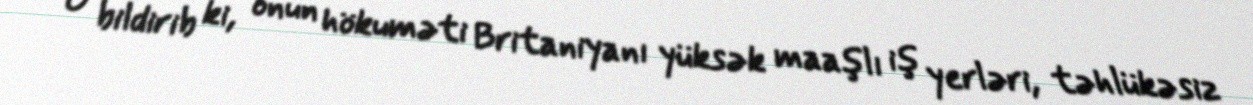
O bildirib ki, onun hökuməti Britaniyanı yüksək maaşlı iş yerləri, təhlükəsiz